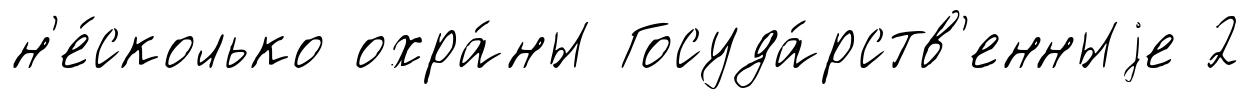
н'е́сколько охра́ны Госуда́рств'енныjе 2